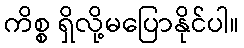
ကိစ္စ ရှိလို့မပြောနိုင်ပါ။